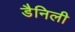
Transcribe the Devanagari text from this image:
डैनिली